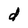
Character: d